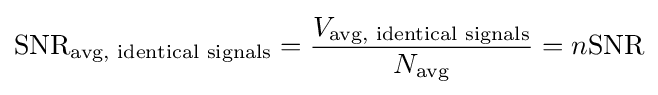
{\text{SNR}}_{\text{avg, identical signals}}={\frac {V_{\text{avg, identical signals}}}{N_{\text{avg}}}}=n{\text{SNR}}